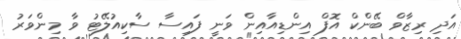
އަދި ރިޒާވް ބޭންކް އޮފް އިންޑިއާއިން ވަނީ ފައިސާ ސާކިއުލޭޓު ވާ މިންވަރު